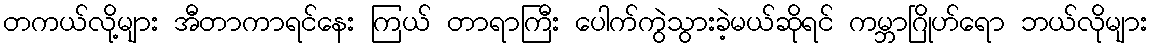
တကယ်လို့များ အီတာကာရင်နေး ကြယ် တာရာကြီး ပေါက်ကွဲသွားခဲ့မယ်ဆိုရင် ကမ္ဘာဂြိုဟ်ရော ဘယ်လိုများ